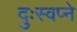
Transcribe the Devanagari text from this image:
दुःस्वप्ने